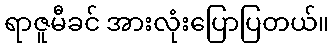
ရာဇူမီခင် အားလုံးပြောပြတယ်။